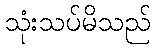
သုံးသပ်မိသည်